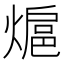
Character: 熩